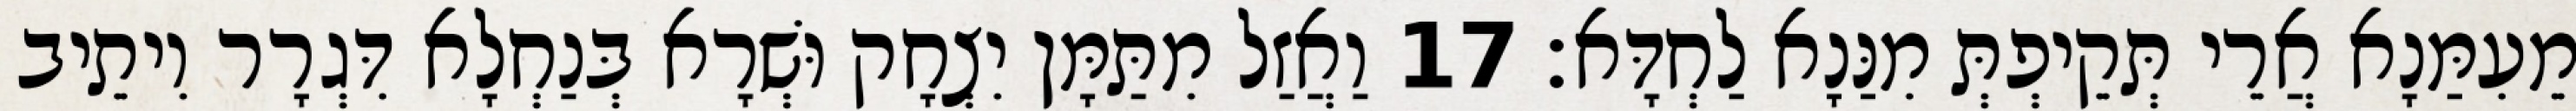
מֵעִמַּנָא אֲרֵי תְּקֵיפְתְּ מִנַּנָא לַחְדָּא׃ 17 וַאֲזַל מִתַּמָּן יִצְחָק וּשְׁרָא בְּנַחְלָא דִּגְרָר וִיתֵיב